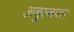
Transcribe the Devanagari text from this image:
अनुस्नातर